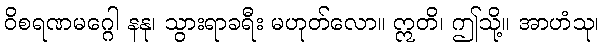
ဝိစရဏမဂ္ဂေါ နနု၊ သွားရာခရီး မဟုတ်လော။ ဣတိ၊ ဤသို့။ အာဟံသု၊